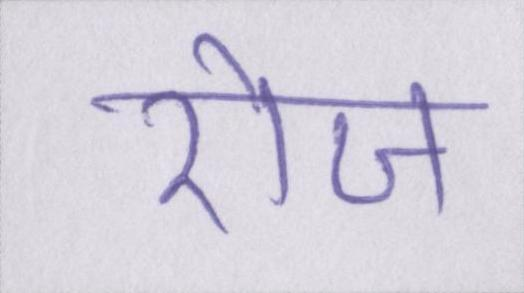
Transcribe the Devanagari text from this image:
रोज